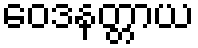
ဝေဒနတ္တာယ